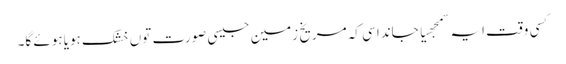
کسی وقت ایہ سمجھیا جاندا سی کہ مریخ زمین جیسی صورت تو‏ں خشک ہویا ہوئے گا۔